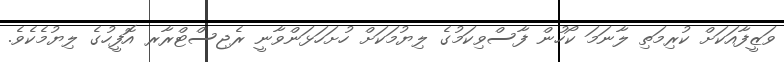
ވަޒީފާއަކަށް ކުރިމަތި ލާނަމަ ކޯހުން ފާސްވިކަމުގެ ލިޔުމަކަށް ހުށަހަޅަންވާނީ ރެޖިސްޓްރާރ އޮފީހުގެ ލިޔުމެކެވެ.